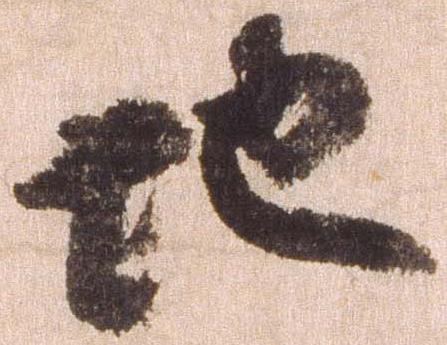
地